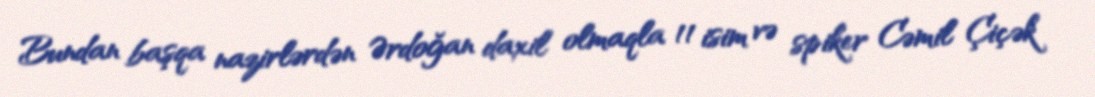
Bundan başqa nazirlərdən Ərdoğan daxil olmaqla 11 isim və spiker Cəmil Çiçək